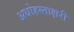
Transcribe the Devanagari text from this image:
अधोहस्ताक्षरी